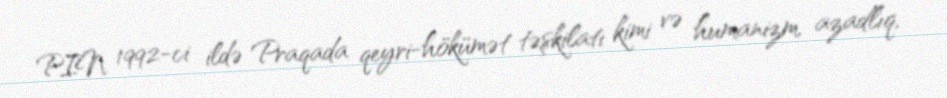
PIN 1992-ci ildə Praqada qeyri-hökümət təşkilatı kimi və humanizm, azadlıq,